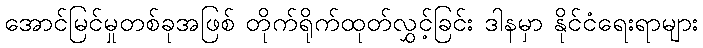
အောင်မြင်မှုတစ်ခုအဖြစ် တိုက်ရိုက်ထုတ်လွှင့်ခြင်း ဒါနမှာ နိုင်ငံရေးရာများ